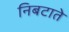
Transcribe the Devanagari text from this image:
निबटाते